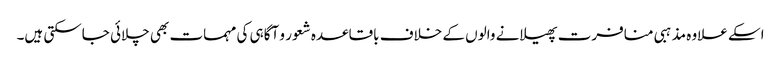
اسکے علاوہ مذہبی منافرت پھیلانے والوں کے خلاف باقاعدہ شعور و آگاہی کی مہمات بھی چلائی جاسکتی ہیں۔